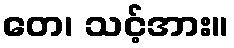
တေ၊ သင့်အား။